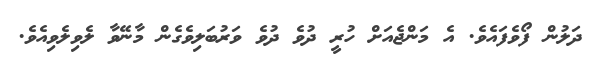
ދަލުން ފޯވެފައެވެ. އެ މަންޖެއަށް ހުރީ ދުވެ ދުވެ ވަރުބަލިވެގެން މާނޭވާ ލެވިލެވިއެވެ.